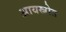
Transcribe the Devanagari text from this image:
आयस्त्रोत